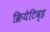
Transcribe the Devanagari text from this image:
क्रियेटिव्ह